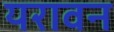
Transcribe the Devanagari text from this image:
यरावन